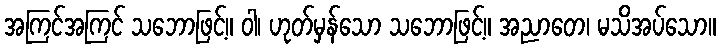
အကြင်အကြင် သဘောဖြင့်။ ဝါ၊ ဟုတ်မှန်သော သဘောဖြင့်။ အညာတေ၊ မသိအပ်သော။